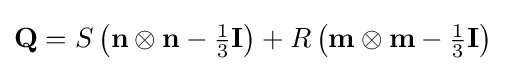
\mathbf {Q} =S\left(\mathbf {n} \otimes \mathbf {n} -{\tfrac {1}{3}}\mathbf {I} \right)+R\left(\mathbf {m} \otimes \mathbf {m} -{\tfrac {1}{3}}\mathbf {I} \right)